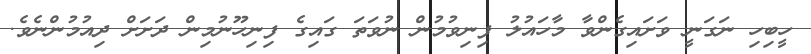
ހީބިހި ނަގަނީ ވަށައިގެންވާ މާހައުލު ފިނިވުމުން ނުވަތަ ގައިގެ ފިނިހޫނުމިން ދަށަށް ދިއުމުންނެވެ.